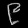
Digit: ၉